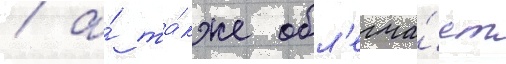
/ а́ та́кже обл'егча́ет